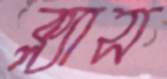
ক্ল্যাস